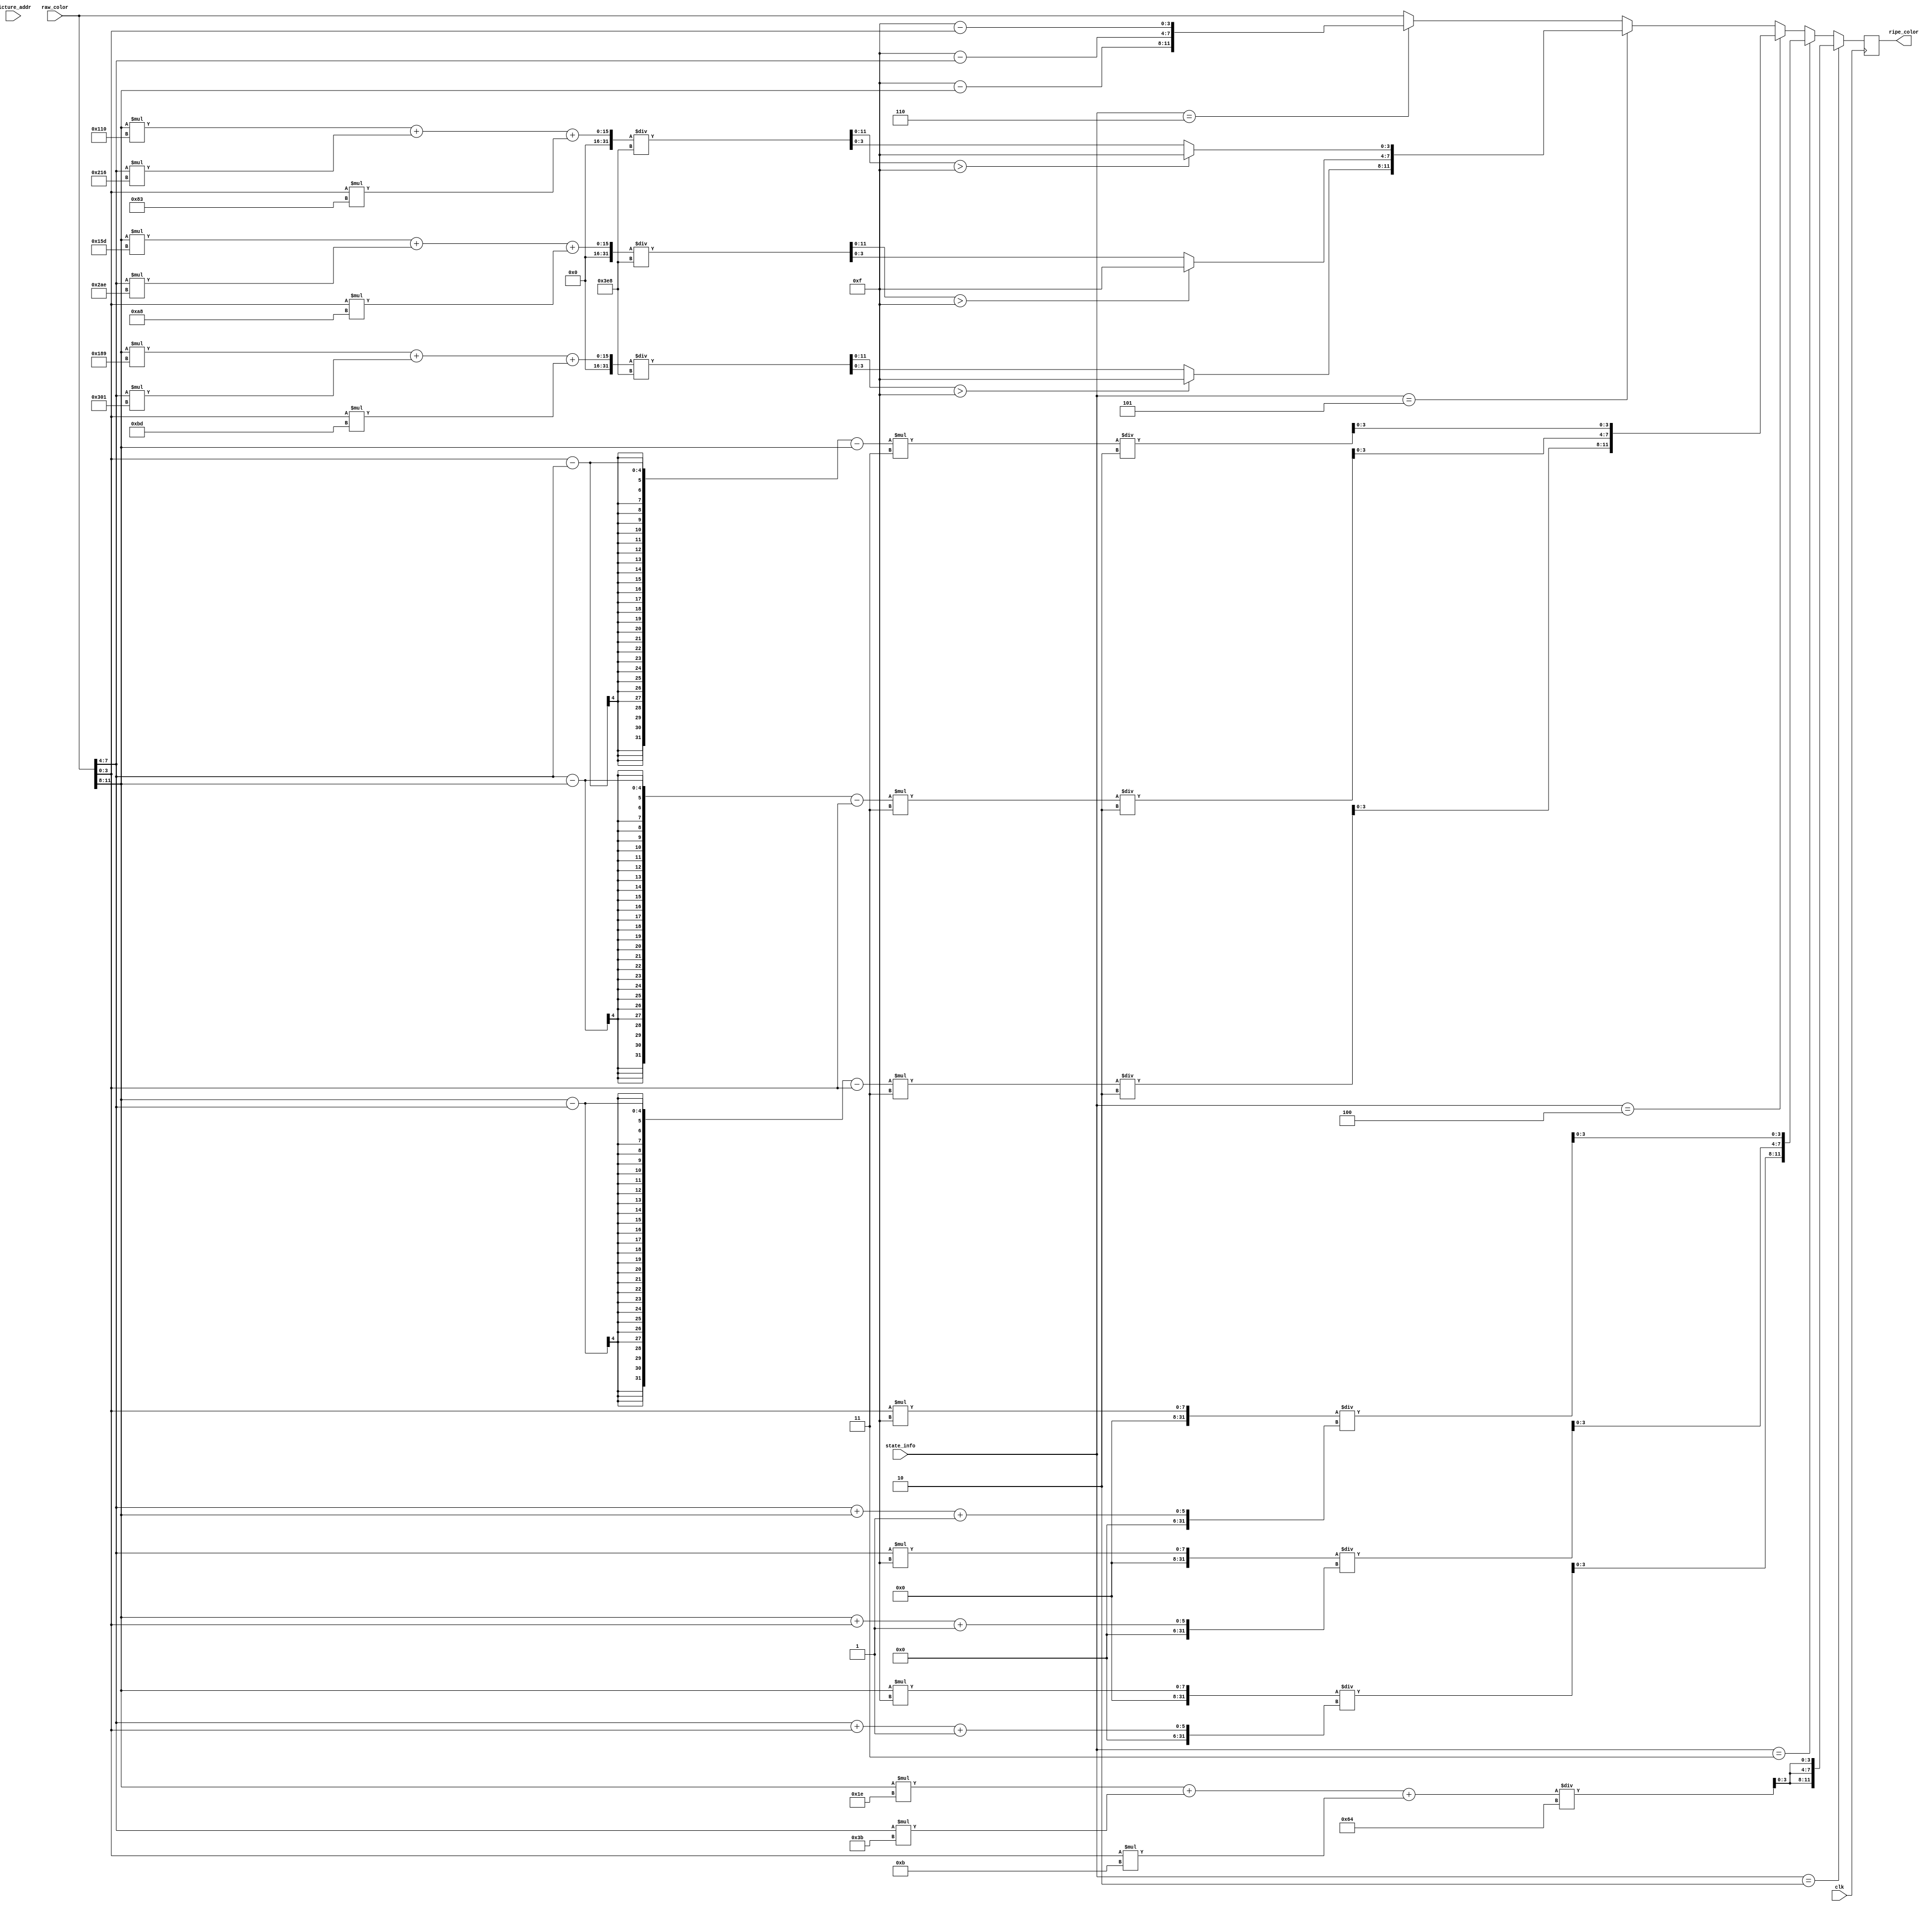
module MODULE_PROCESSOR_CORE (
    input clk,
    input [18:0] picture_addr,
    input [11:0] raw_color,
    input [3:0] state_info,
    output reg [11:0] ripe_color
);
reg [11:0] buffer;
reg [11:0] buffer1;
reg [11:0] buffer2;
always @(posedge clk) 
begin
    if(state_info==4'b0010) //gray scale
    begin
      buffer=(raw_color[11:8]*8'd30+raw_color[7:4]*8'd59+raw_color[3:0]*8'd11)/8'd100;
      ripe_color={buffer[3:0],buffer[3:0],buffer[3:0]};
    end
    else if(state_info==4'b0011)//melt and mound
    begin
      buffer=raw_color[11:8]*15/(raw_color[7:4]+raw_color[3:0]+1);
      buffer1=raw_color[7:4]*15/(raw_color[11:8]+raw_color[3:0]+1);
      buffer2=raw_color[3:0]*15/(raw_color[7:4]+raw_color[11:8]+1);
      ripe_color={buffer[3:0],buffer1[3:0],buffer2[3:0]};
    end
    else if(state_info==4'b0100) //freezing
    begin
      buffer=(raw_color[11:8]-raw_color[7:4]-raw_color[3:0])*3/2;
      buffer1=(raw_color[7:4]-raw_color[11:8]-raw_color[3:0])*3/2;
      buffer2=(raw_color[3:0]-raw_color[7:4]-raw_color[11:8])*3/2;
      ripe_color={buffer[3:0],buffer1[3:0],buffer2[3:0]};
      
    end
    else if(state_info==4'b0101) //nostalgic
    begin
      buffer=(raw_color[11:8]*393+raw_color[7:4]*769+raw_color[3:0]*189)/1000;
      buffer1=(raw_color[11:8]*349+raw_color[7:4]*686+raw_color[3:0]*168)/1000;
      buffer2=(raw_color[11:8]*272+raw_color[7:4]*534+raw_color[3:0]*131)/1000;
      if(buffer>4'b1111)
        buffer[3:0]=4'b1111;
      if(buffer1>4'b1111)
        buffer1[3:0]=4'b1111;
      if(buffer2>4'b1111)
        buffer2[3:0]=4'b1111;
      ripe_color={buffer[3:0],buffer1[3:0],buffer2[3:0]};
    end

    else if(state_info==3'b110) //reverse
    begin
      buffer=255-raw_color[11:8];
      buffer1=255-raw_color[7:4];
      buffer2=255-raw_color[3:0];
      ripe_color={buffer[3:0],buffer1[3:0],buffer2[3:0]};
    end
    else if(state_info==4'b0001)
      ripe_color=raw_color;
    else 
      ripe_color=raw_color;
end
    
    
endmodule //MODULE_PROCESSOR_CORE